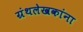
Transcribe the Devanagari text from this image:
ग्रंथलेखकांना